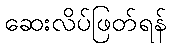
ဆေးလိပ်ဖြတ်ရန်